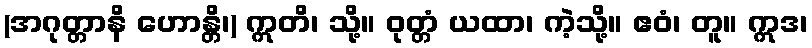
(အဂုတ္တာနိ ဟောန္တိ၊) ဣတိ၊ သို့။ ဝုတ္တံ ယထာ၊ ကဲ့သို့။ ဧဝံ၊ တူ။ ဣဒ၊